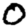
Digit: 0